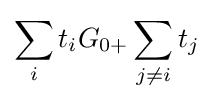
\sum \limits _{i}{t_{i}}{G_{0+}}\sum \limits _{j\neq i}{t_{j}}